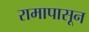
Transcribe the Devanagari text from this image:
रामापासून